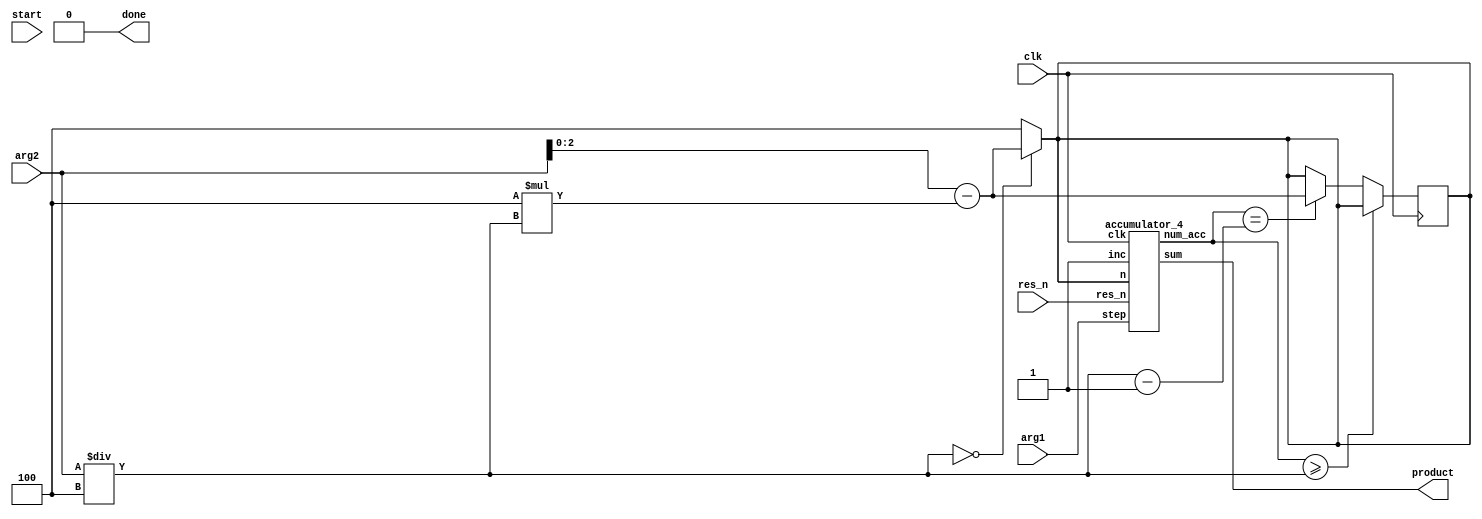
`timescale 1ns / 1ps
//////////////////////////////////////////////////////////////////////////////////
// Lauren Chambers and Kenzie Milhous
// Logic Design with Verilog
// April 2021
// 
// Design Name: 16-bit multiplier
// Module Name: multiplier_4.v
// Project Name: Lab 1
// Description: Multiplies two 16-bit integers and asserts a done signal when product
//				is ready. Multiplies via accumulation up to 4x/clock cycle.
// 
// Dependencies: accumulator_4.v
//////////////////////////////////////////////////////////////////////////////////

//
// Main: multiplier_4
//
// takes ~1/4 of the clock cycles that multiplier_1 does
// uses more hardware for combinatorial logic
//
module multiplier_4(
    input clk,
    input res_n,
    input start,
    input [15:0] arg1, arg2,
    output done,
    output [31:0] product
    );
    
    // internal wires
    reg res_accum;
    reg inc;
    reg assertDone;
    wire step;
    reg [31:0] i;
    reg [2:0] n;
    reg [31:0] numx4; // # of x4 accumulations
    wire [31:0] num_accumulations;
    
    // start accumulation on the start signal
    always @(start) begin
        inc = 1'b1;
        assertDone = 1'b0;
        numx4 = arg2 / 4;
        if (numx4 == 0)
            n = arg2 - 4*(arg2/4); // 0-3 more accumulations (MODULO)
        else
            n = 3'd4;
    end
    
    // end accumulation when num_accumulations == arg2
    always @(posedge clk) begin
        if (num_accumulations >= (numx4)) begin
            inc <= 1'b0;
            assertDone <= 1'b1;
        end
        else if (num_accumulations == (numx4 - 1)) begin
            n <= arg2 - 4*(arg2/4); // 0-3 more accumulations
        end
    end
    
    assign done = assertDone;
    accumulator_4 acc4 (.clk(clk), .n(n), .res_n(res_n), .inc(inc), .step(arg1), .sum(product), .num_acc(num_accumulations));   
endmodule


// 
// Helper Module: accumulator_4
// 
// this design uses 7 adders and one 5-1 multiplexer.
// the multiplexer is used to dynamically select the value to add to the accumulator.
//
module accumulator_4(
    input clk,
    input res_n,
    input inc,
    input [2:0] n,
    input [15:0] step,
    output [31:0] sum,
    output [31:0] num_acc
    );
    
	// 32-bit register sum, number of accumulations
	reg [31:0] accum;
	reg [31:0] num_accumulations;
	reg [15:0] step1, step2, step3, step4;
    assign sum = accum;
    assign num_acc = num_accumulations;
	
	initial begin
		accum = 32'b0;
		num_accumulations = 32'b0;
	end
	

	
	// 
	// combinational logic block, updated on any input change *
	// 4 adders are chained together so that accumulator +(1-4)*step is available
	// blocked assignment
	// 
	always@(*) begin
		step1 = step;
		step2 = step1 + step;
		step3 = step2 + step;
		step4 = step3 + step;
	end

	// 
	// sequential logic block
	// updates the accumulator every clock cycle
	// implements a 5-1 multiplexer
	//
	always@(posedge clk) begin
		if (~res_n) // reset accumulator on active low res_n
			accum <= 32'b0;
		else if (inc) begin // increment accumulator by (1-4) * step
			if (n == 1) 
				accum <= accum + step1;
			else if (n == 2) 
				accum <= accum + step2;
			else if (n == 3) 
				accum <= accum + step3;
			else if (n == 4) 
				accum <= accum + step4;
			num_accumulations <= num_accumulations + 1;
		end
	end
	
endmodule